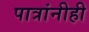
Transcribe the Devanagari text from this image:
पात्रांनीही